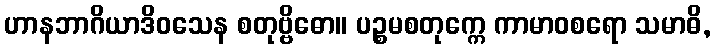
ဟာနဘာဂိယာဒိဝသေန စတုဗ္ဗိဓော။ ပဉ္စမစတုက္ကေ ကာမာဝစရော သမာဓိ,